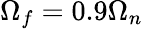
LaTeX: \Omega_{f}=0.9\Omega_{n}